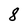
Character: 8